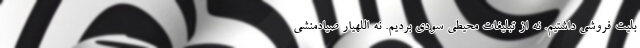
بلیت فروشی داشتیم. نه از تبلیغات محیطی سودی بردیم. نه اللهیار صیادمنشی